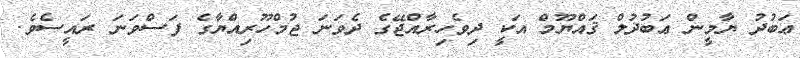
ޢަބުދު ޔާމީން ޢަބުދުލް ޤައްޔޫމް އަކީ ދިވެހިރާއްޖޭގެ ދެވަނަ ޖުމްހޫރިއްޔާގެ ފަސްވަނަ ރައީސެވެ.